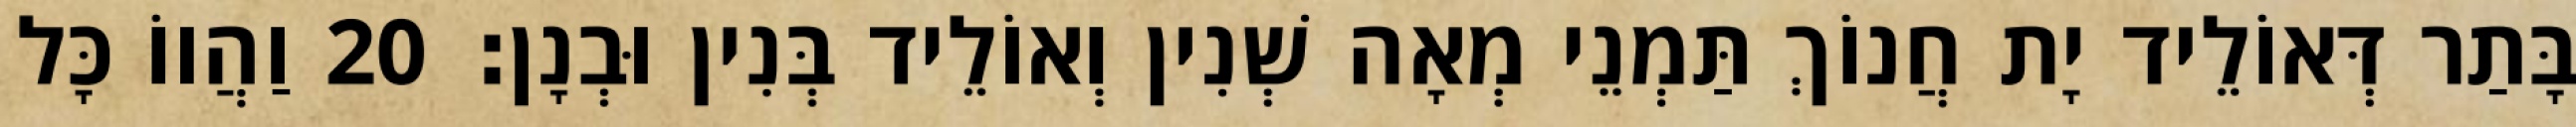
בָּתַר דְּאוֹלֵיד יָת חֲנוֹךְ תַּמְנֵי מְאָה שְׁנִין וְאוֹלֵיד בְּנִין וּבְנָן׃ 20 וַהֲווֹ כָּל